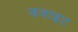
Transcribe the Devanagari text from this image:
डवाइट